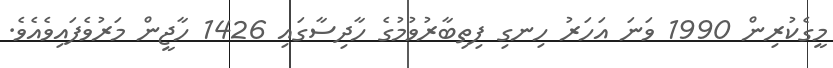
މީގެކުރިން 1990 ވަނަ އަހަރު ހިނގި ފިތިބާރުވުމުގެ ހާދިސާގައި 1426 ހާޖީން މަރުވެފައިވެއެވެ.